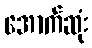
အောက်ဆုံး